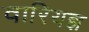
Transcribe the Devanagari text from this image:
वारियज्ञ